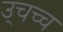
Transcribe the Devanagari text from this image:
उ्चच्च